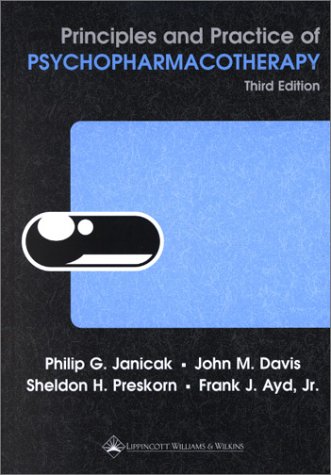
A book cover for Principles and Practice of Psychopharmacotherapy (Principles & Prac Psychopharmacotherapy (Janicak)); Philip G. Janicak MD; Medical Books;